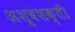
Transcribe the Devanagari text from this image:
अश्‍वशक्ती